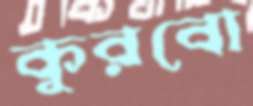
কুরবো